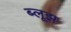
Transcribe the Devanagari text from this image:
ब्लूझ